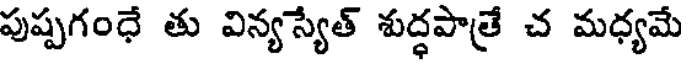
పుష్పగంధే తు విన్యస్యేత్ శుద్ధపాత్రే చ మధ్యమే